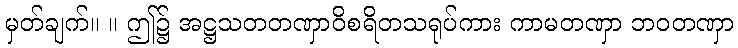
မှတ်ချက်။ ။ ဤ၌ အဋ္ဌသတတဏှာဝိစရိတသရုပ်ကား ကာမတဏှာ ဘဝတဏှာ